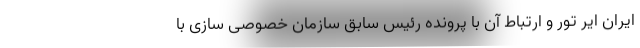
ایران ایر تور و ارتباط آن با پرونده رئیس سابق سازمان خصوصی سازی با